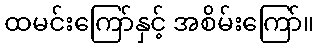
ထမင်းကြော်နှင့် အစိမ်းကြော်။